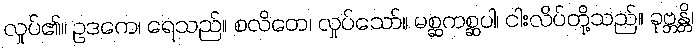
လှုပ်၏။ ဥဒကေ၊ ရေသည်။ စလိတေ၊ လှုပ်သော်။ မစ္ဆကစ္ဆပါ၊ ငါးလိပ်တို့သည်။ ခုဗ္ဘန္တိ၊